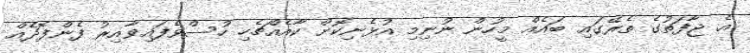
އެ ޖާފަތުގެ ތެރޭގައި ބައެއް މީހުން ނުނިމި އުޅެނިކޮށް ކާއެއްޗެހި ހުސްވެފައިވާއިރު ފެންފޮދެއް